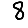
Digit: 8